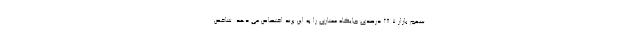
سهم بازار 28.7 درصدی جایگاه ممتازی را به این برند اختصاص می دهد. شاخص